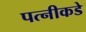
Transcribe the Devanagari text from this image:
पत्नीकडे